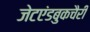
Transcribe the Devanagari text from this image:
जेटएंडबुकचैरी